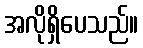
အလိုရှိပေသည်။